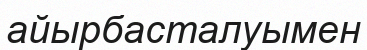
айырбасталуымен